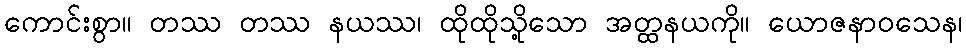
ကောင်းစွာ။ တဿ တဿ နယဿ၊ ထိုထိုသို့သော အတ္ထနယကို။ ယောဇနာဝသေန၊